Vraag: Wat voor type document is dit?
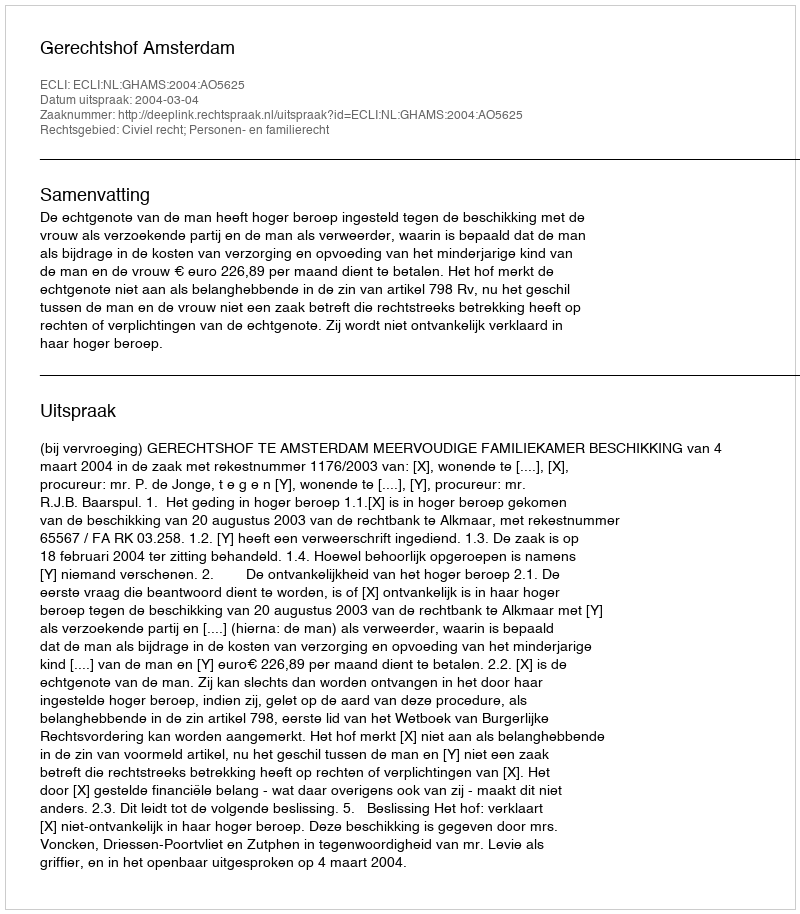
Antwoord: Uitspraak